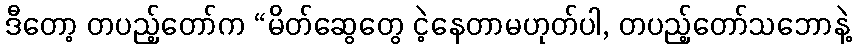
ဒီတော့ တပည့်တော်က “မိတ်ဆွေတွေ ငဲ့နေတာမဟုတ်ပါ, တပည့်တော်သဘောနဲ့